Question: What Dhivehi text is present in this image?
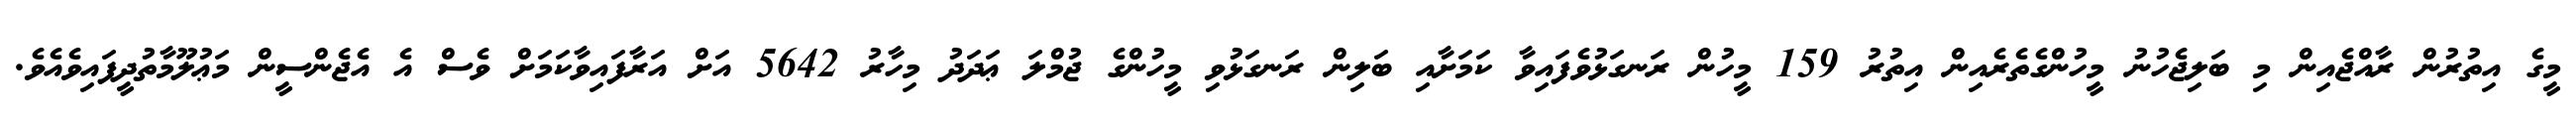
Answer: މީގެ އިތުރުން ރާއްޖެއިން މި ބަލިޖެހުނު މީހުންގެތެރެއިން އިތުރު 159 މީހުން ރަނގަޅުވެފައިވާ ކަމަށާއި ބަލިން ރަނގަޅުވި މީހުންގެ ޖުމްލަ ޢަދަދު މިހާރު 5642 އަށް އަރާފައިވާކަމަށް ވެސް އެ އެޖެންސީން މަޢުލޫމާތުދީފައިވެއެވެ.